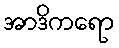
အာဒိကရော